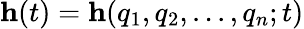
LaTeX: \mathbf{h}(t)=\mathbf{h}(q_{1},q_{2},...,q_{n};t)